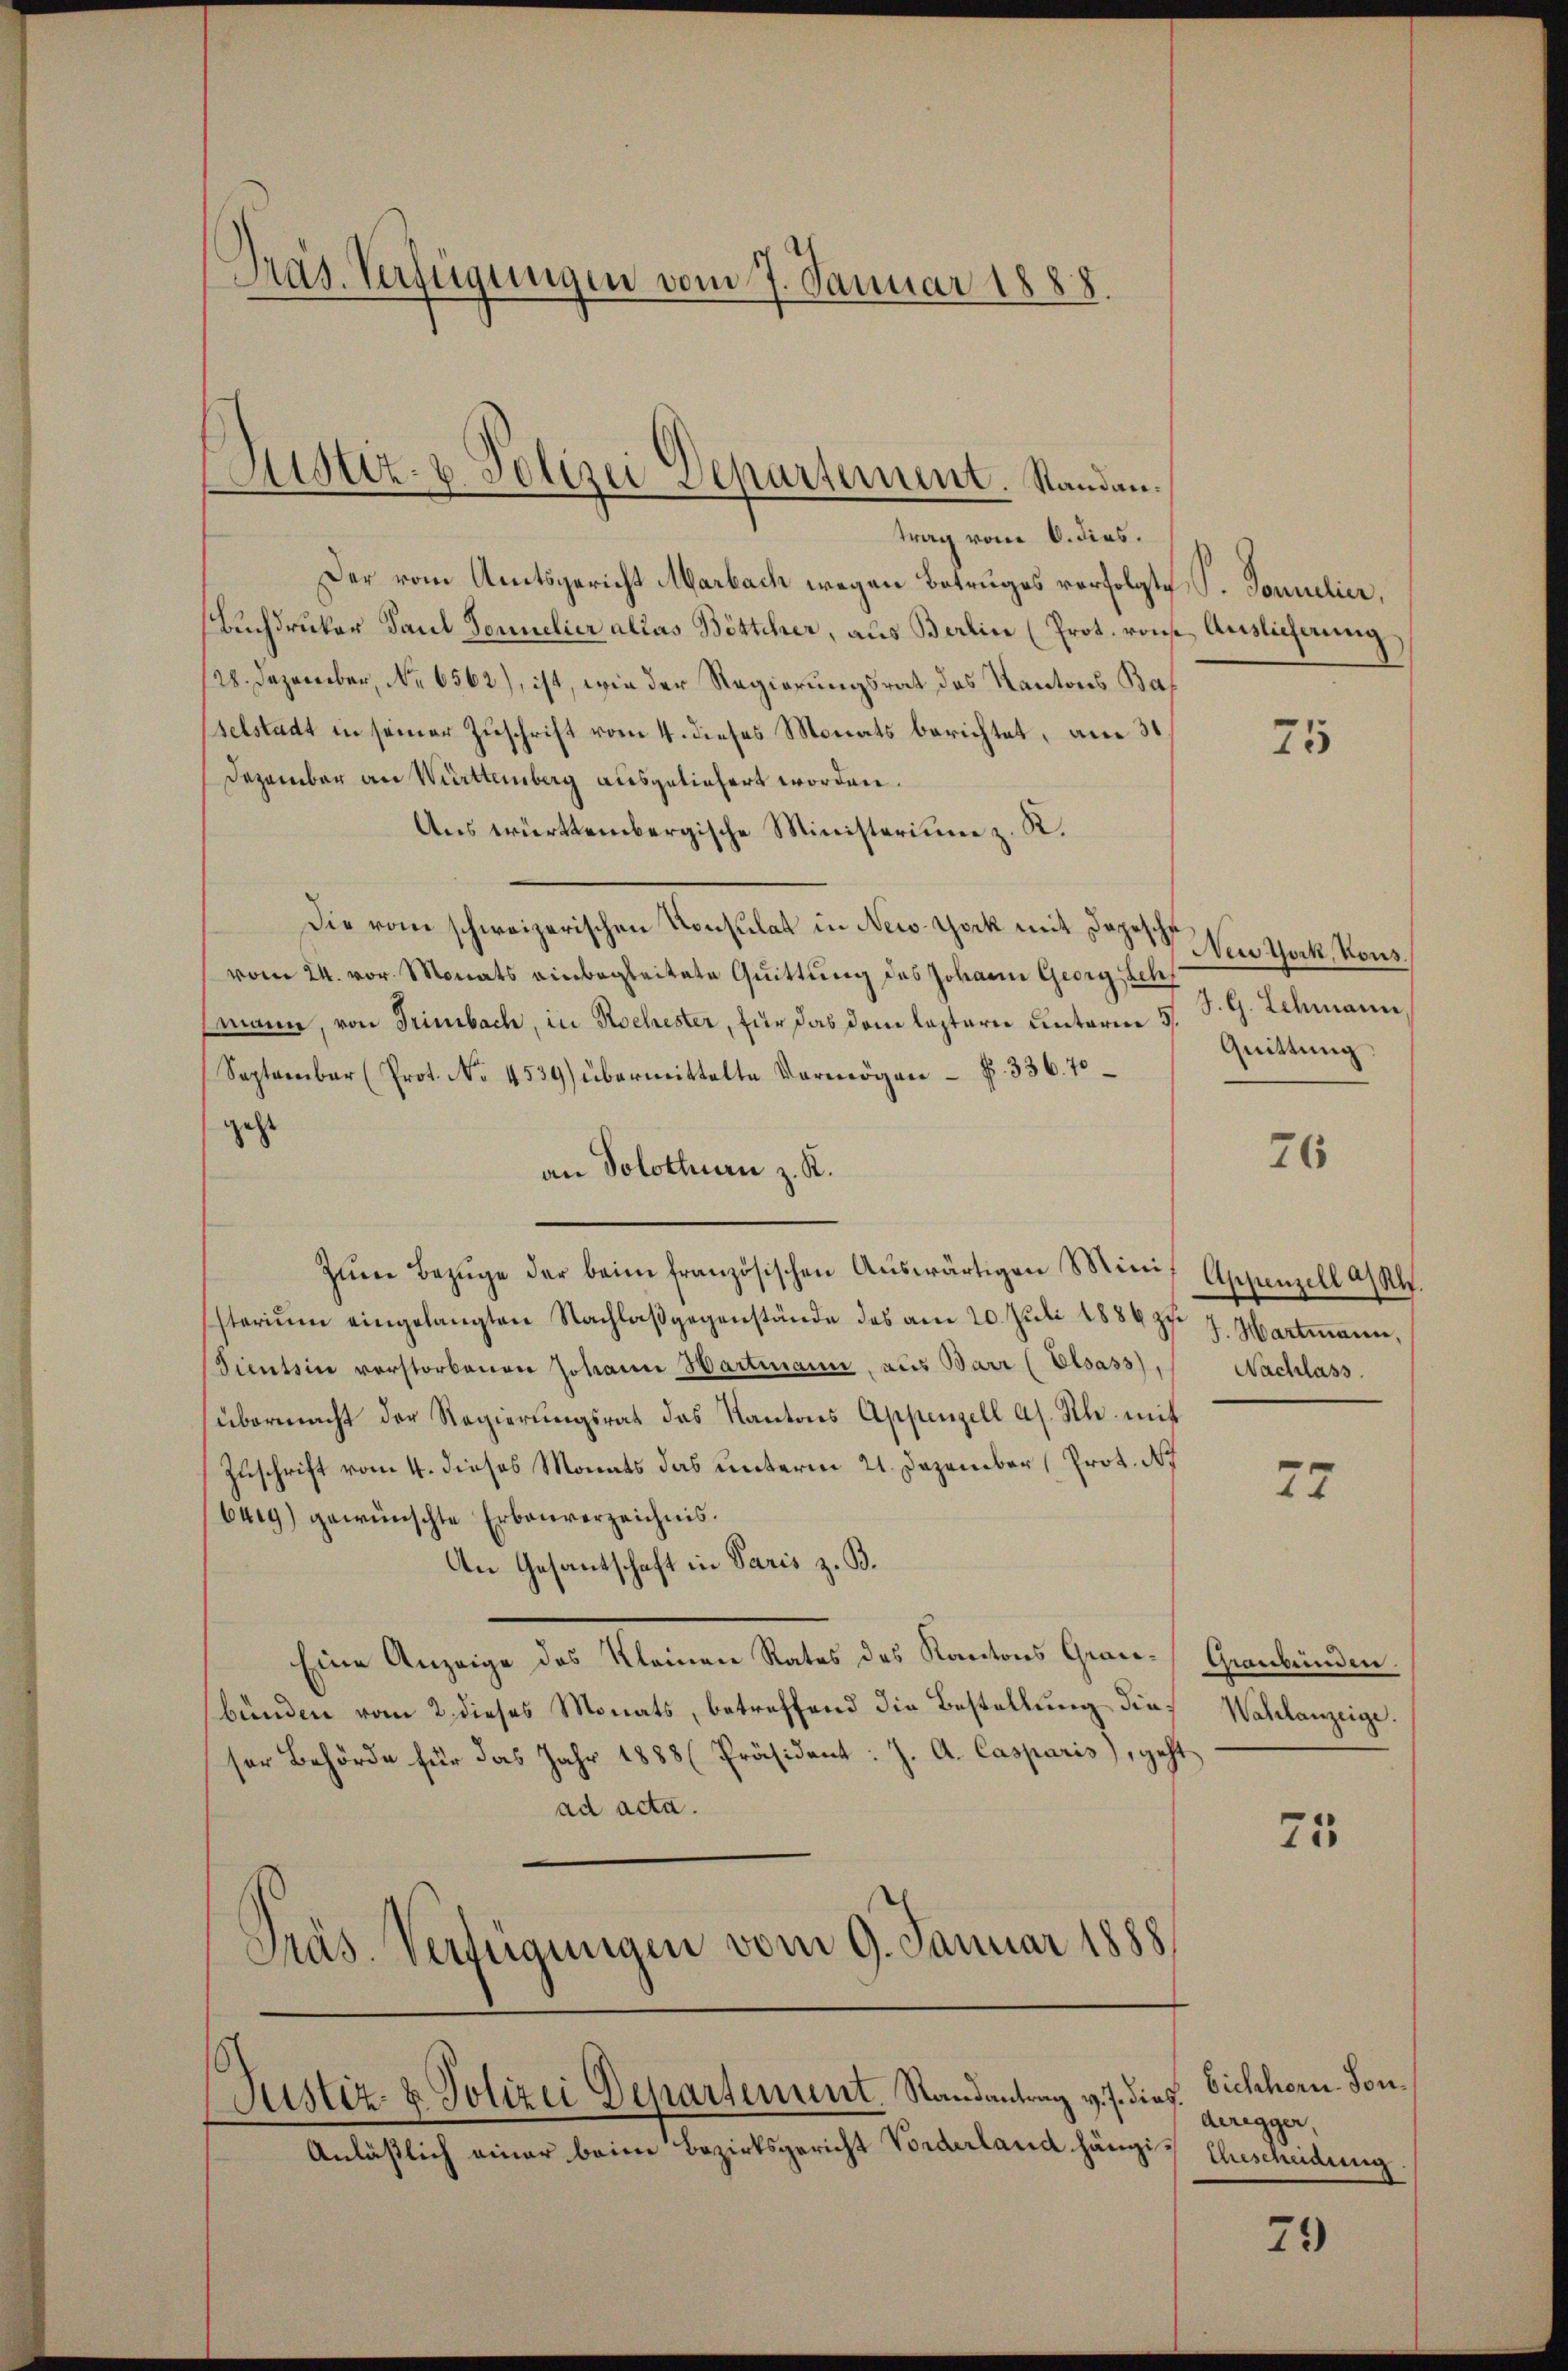
Präs. Verfügungen vom 7. Januar 1888.

Ristiz- u. Polizei Departement. Standen.
trag vom 6. dies.

Der vom Amtsgericht Marbach wegen Betruges vorfolgte P. Tonnelier,
Buchdruker Paul Sonnelier allas Böttcher, aus Berlin (Prot. rons Auslicherung
128. Dezember, No 6562), ist, wie der Regierungsrat des Kantons Bas
selstadt in seiner Zuschrift vom 4. dieses Monats berichtet, am 31.
Dezember an Württemberg ausgeliefert worden.
Aus württembergische Ministerium z. R.
Die vom schweizerischen Konsulat in New-York mit Depesche Ein York, Kons.
vom 24. vor. Monats einbegleitete Quittung des Johann Georg Sch
mann, von Trimbach, in Kochester, für das dem leztern unterm 3
September (Prot. No. 4539) übermittelte Vermögen f. 336. 70
geht
an Solothurn z. R.
Zŭm Bezüge der beim französischen Aŭswärtigen Minis Appenzell a/Rh.
storiŭm eingelangten Nachlaβgegenstände des am 20. Jŭli 1884 zu. 7. Hartmann,
Sientsin verstorbenen Johann Hartmann aus Barr (Elsass, Nachlass
übermacht der Regierŭngsrat das Kantons Appenzell a. Rh. mit
Zuschrift vom 4. dieses Monats das unterm 21. Dezember (Prot. N
burg) gewünschte Erbauverzeichnis.
An Gesantschaft in Paris z. B.
Eine Anzeige des Kleinen Rates des Kantons Graubünden vom 2. dieses Monats, betreffend die Bestellung dies
ser Behörde für das Jahr 1888 (Präsident: J. A. Casparis), geht
ad acta.
Präs. Verfügungen vom 9. Januar 1888.

Justiz- & Polizei Departement. Randantrag v. J. dies

Anläßlich einer beim Bezirksgericht Vorderland hängi¬ Ehescheidung

75

J. G. Schmann
Quittung.

26

77

Graubünden.
Wahlanzeige.

75

Eichhorn. Sonderegger,

79